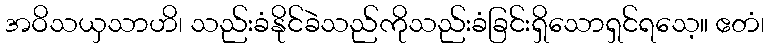
အဝိသယှသာဟိ၊ သည်းခံနိုင်ခဲသည်ကိုသည်းခံခြင်းရှိသောရှင်ရသေ့။ ဧတံ၊